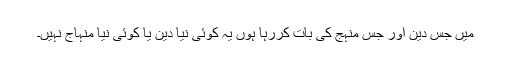
میں جس دین اور جس منہج کی بات کررہا ہوں یہ کوئی نیا دین یا کوئی نیا منہاج نہیں۔